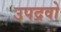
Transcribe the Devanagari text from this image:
उपद्रवो